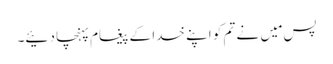
پس مَیں نے تم کو اپنے خدا کے پیغام پہنچا دئیے۔